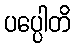
ပပ္ပေါတိ